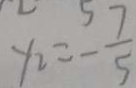
y _ { 2 } = - \frac { 7 } { 5 }